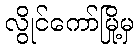
လွိုင်ကော်မြို့မှ